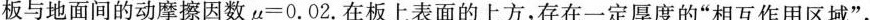
板与地面间的动摩擦因数μ=0.02.在板上表面的上方，存在一定厚度的”相互作用区域”，